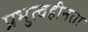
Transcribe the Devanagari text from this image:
प्रभुत्वहीनता